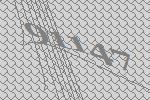
91147